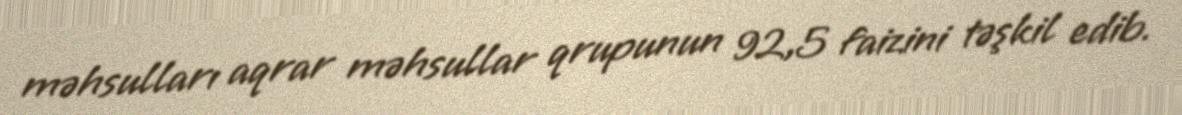
məhsulları aqrar məhsullar qrupunun 92,5 faizini təşkil edib.